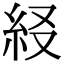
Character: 𥾤